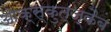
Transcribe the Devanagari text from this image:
ओक्स्कुत्ज्कैब